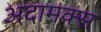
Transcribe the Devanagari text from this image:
अदामक्स